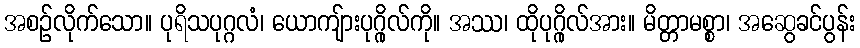
အစဉ်လိုက်သော။ ပုရိသပုဂ္ဂလံ၊ ယောကျ်ားပုဂ္ဂိုလ်ကို။ အဿ၊ ထိုပုဂ္ဂိုလ်အား။ မိတ္တာမစ္စာ၊ အဆွေခင်ပွန်း